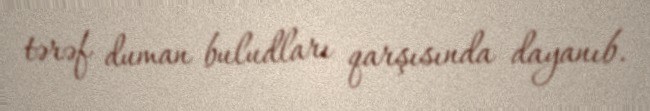
tərəf duman buludları qarşısında dayanıb.